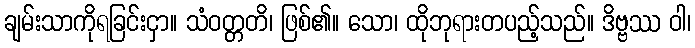
ချမ်းသာကိုရခြင်းငှာ။ သံဝတ္တတိ၊ ဖြစ်၏။ သော၊ ထိုဘုရားတပည့်သည်။ ဒိဗ္ဗဿ ဝါ၊